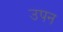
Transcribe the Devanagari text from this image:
उपन